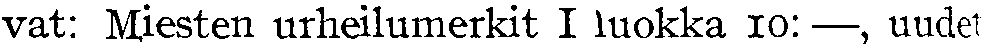
vat: Miesten urheilumerkit I luokka 10:—, uudet